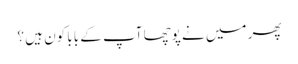
پھر میں نے پوچھا آپ کے بابا کون ہیں ؟